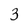
Character: 3